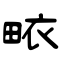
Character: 畩